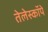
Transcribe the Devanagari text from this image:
तेलेस्कॉपे